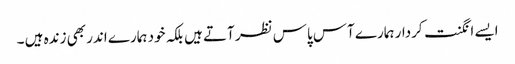
ایسے انگنت کردار ہمارے آس پاس نظر آتے ہیں بلکہ خود ہمارے اندر بھی زندہ ہیں ۔